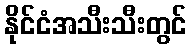
နိုင်ငံအသီးသီးတွင်